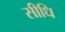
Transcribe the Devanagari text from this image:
सीधि